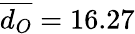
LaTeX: \overline{{d_{O}}}=16.27